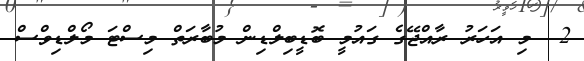
2  މި އަހަރު ރާއްޖޭގެ ގައުމީ ބޮޑީބިލްޑިން މުބާރަތް މިސްޓަ މޯލްޑިވްސް